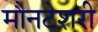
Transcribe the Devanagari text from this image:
मौनटेशरी